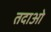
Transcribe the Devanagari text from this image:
तदाओ